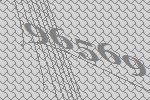
96569